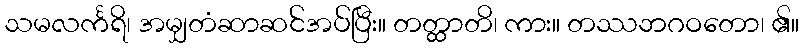
သမလင်္ကရိ၊ အမျှတံဆာဆင်အပ်ပြီး။ တတ္ထာတိ၊ ကား။ တဿဘဂဝတော၊ ၏။